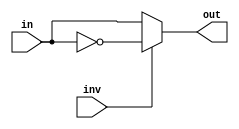
///////////
//Inverter
//////////
module inverter(output reg out, input in, inv);
	always @ (in, inv)
	//Invierte el output al cumplir con la condicin de invertir
	if(inv)	out <= ~in;
	//Output se mantiene igual
	else out <= in;
endmodule